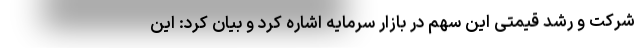
شرکت و رشد قیمتی این سهم در بازار سرمایه اشاره کرد و بیان کرد: این